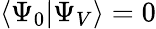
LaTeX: \langle\Psi_{0}|\Psi_{V}\rangle=0